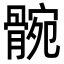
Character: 䯛